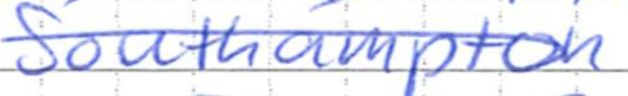
Text: Southampton
Cross-out: diagonal
Writing tool: ballpoint